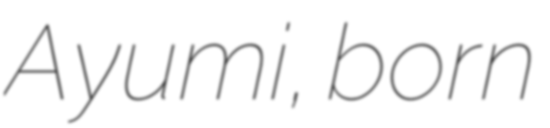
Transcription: Ayumi, born